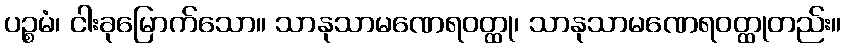
ပဉ္စမံ၊ ငါးခုမြောက်သော။ သာနုသာမဏေရဝတ္ထု၊ သာနုသာမဏေရဝတ္ထုတည်း။